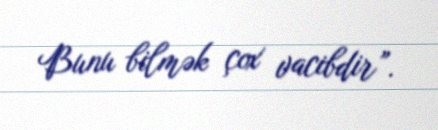
Bunu bilmək çox vacibdir”.